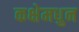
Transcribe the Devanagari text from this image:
कक्षेमधुन